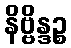
နိဗ္ဗိန္ဒဉ္စ